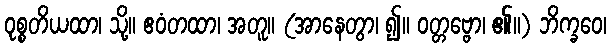
ဝုစ္စတိယထာ၊ သို့။ ဧဝံတထာ၊ အတူ။ (အာနေတွာ၊ ၍။ ဝတ္တဗ္ဗော၊ ၏။) ဘိက္ခဝေ၊